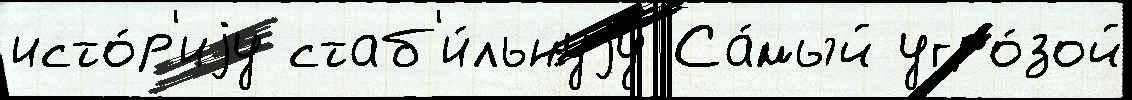
исто́р'иjу стаб'и́льнуjу Са́мый угро́зой